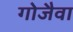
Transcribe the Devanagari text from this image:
गोजैवा